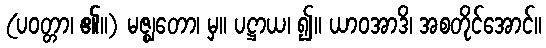
(ပဝတ္တာ၊ ၏။) မဇ္ဈတော၊ မှ။ ပဋ္ဌာယ၊ ၍။ ယာဝအာဒိ၊ အစတိုင်အောင်။